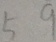
5 9